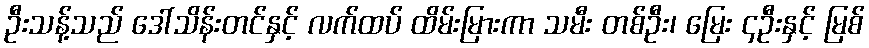
ဦးသန့်သည် ဒေါ်သိန်းတင်နှင့် လက်ထပ် ထိမ်းမြားကာ သမီး တစ်ဦး၊ မြေး ၄ဦးနှင့် မြစ်